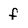
Character: f